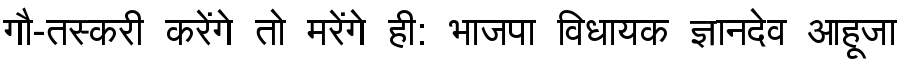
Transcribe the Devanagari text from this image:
गौ-तस्करी करेंगे तो मरेंगे ही: भाजपा विधायक ज्ञानदेव आहूजा